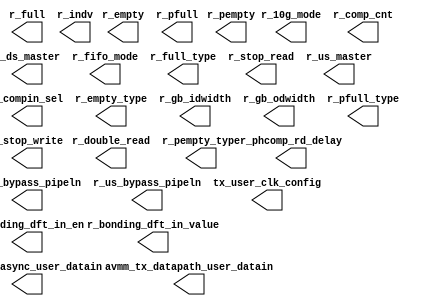
// SPDX-License-Identifier: Apache-2.0
// Copyright (C) 2019 Intel Corporation. 
module c3aibadapt_tx_dprio(

// tx_datapath
        output   wire    [15:0]  avmm_tx_datapath_user_datain,
        output   wire            r_10g_mode    ,
        output   wire            r_bonding_dft_in_en,
        output   wire            r_bonding_dft_in_value,
        output   wire    [7:0]   r_comp_cnt,
        output   wire    [1:0]   r_compin_sel,
        output   wire            r_double_read,
        output   wire            r_ds_bypass_pipeln,
        output   wire            r_ds_master,
        output   wire    [3:0]   r_empty,
        output   wire            r_empty_type  ,
        output   wire    [2:0]   r_fifo_mode,
        output   wire    [3:0]   r_full,
        output   wire            r_full_type   ,
        output   wire    [2:0]   r_gb_idwidth  ,
        output   wire    [1:0]   r_gb_odwidth  ,
        output   wire            r_indv,
        output   wire    [3:0]   r_pempty,
        output   wire            r_pempty_type ,
        output   wire    [3:0]   r_pfull,
        output   wire            r_pfull_type  ,
        output   wire    [2:0]   r_phcomp_rd_delay,
        output   wire            r_stop_read   ,
        output   wire            r_stop_write  ,
        output   wire            r_us_bypass_pipeln,
        output   wire            r_us_master,

// tx_async
	output   wire    [23:0]  avmm_tx_async_user_datain,
// txclk_ctrl
	output wire    [9:0]  tx_user_clk_config
// txrst_ctrl
);



endmodule